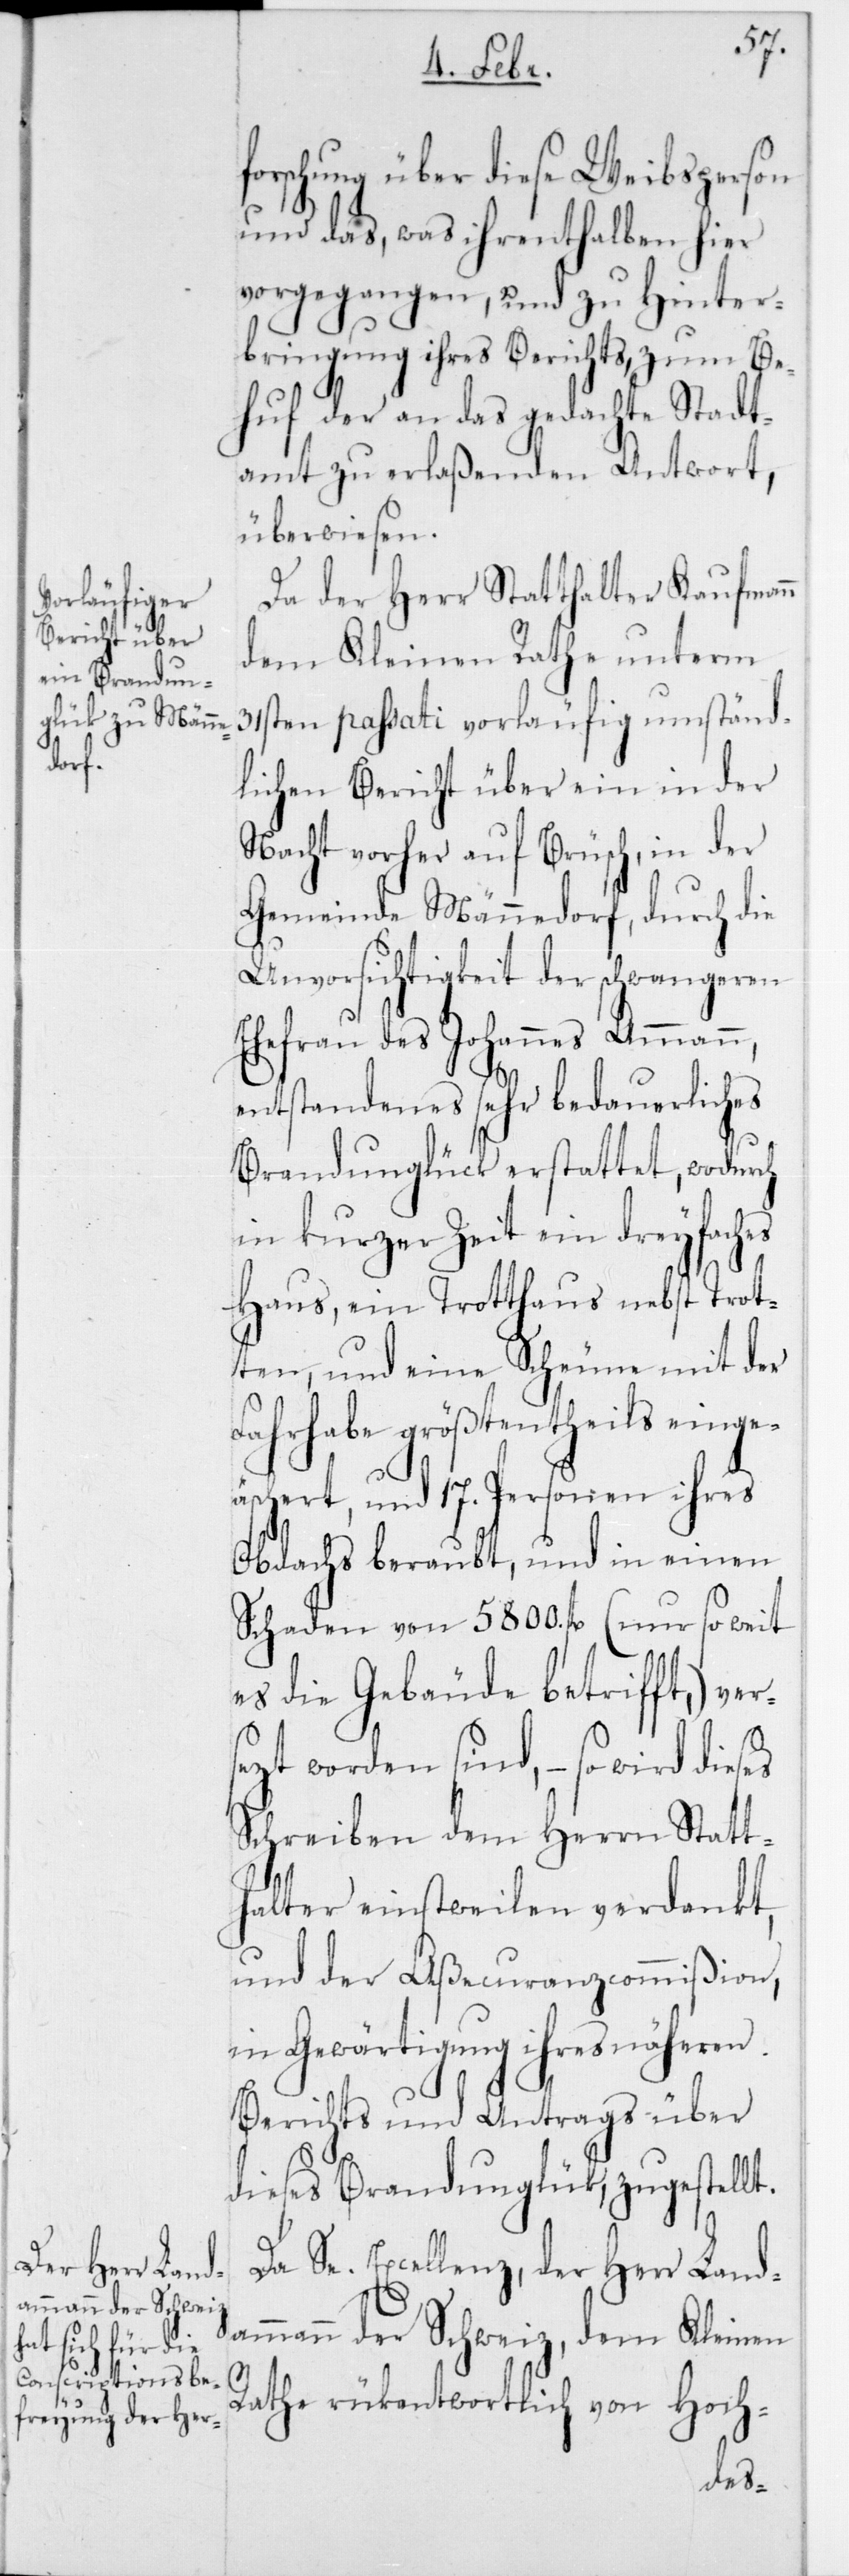
orschung über diese Weibsperson
und das, was ihrenthalben hier
vorgegangen, und zu Hinter¬
bringung ihres Berichts, zum Be¬
huf der an das gedachte Stadt¬
amt zu erlaßenden Antwort,
überwiesen.
Da der Herr Statthalter Kaufmann
dem Kleinen Rathe unterm
31sten passati vorläufig umständ¬
lichen Bericht über ein in der
Nacht vorher auf Brüsch, in der
Gemeinde Männedorf, durch die
Unvorsichtigkeit der schwangeren
Ehefrau des Johannes Ammann,
entstandenes sehr bedauerliches
Brandunglück erstattet, wodurch
in kurzer Zeit ein dreyfaches
Haus, ein Trotthaus nebst Trot¬
ten, und eine Scheune mit der
Fahrhabe größtentheils einge¬
äschert, und 17 Personen ihres
Obdachs beraubt, und in einen
Schaden von 5800 fl. (nur so weit
es die Gebäude betrifft,) ver¬
tzt worden sind, – so wird dies¬
Schreiben dem Herrn Statt¬
halter einstweilen verdankt,
und der Aßecuranz-Commißion,
in Gewärtigung ihres näheren
Berichts und Antrags über
dieses Brandunglück, zugestellt.
Da Se. Excellenz, der Herr Land¬
ammann der Schweiz, dem Kleinen
es
Rathe rückantwortlich von Hoch-